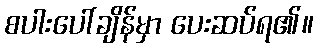
စပါးပေါ်ချိန်မှာ ပေးဆပ်ရ၏။